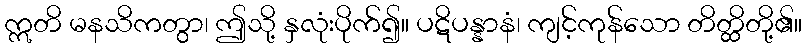
ဣတိ မနသိကတွာ၊ ဤသို့ နှလုံးပိုက်၍။ ပဋိပန္နာနံ၊ ကျင့်ကုန်သော တိတ္ထိတို့၏။